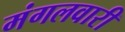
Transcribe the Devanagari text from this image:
मंगलवारी